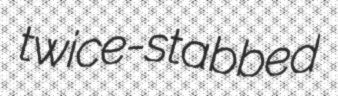
twice-stabbed